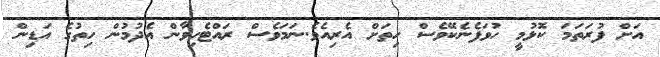
އަށް ފުރަތަމަ ކޮޅުމީ ހުވަފެނެކޭވެސް ހިތަށް އެރިއެވެ.ނަމަވެސް ރައްޓެހިވާން އެދުމުން ހިތުގެ އަޑިން